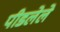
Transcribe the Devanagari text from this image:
पीडलेले